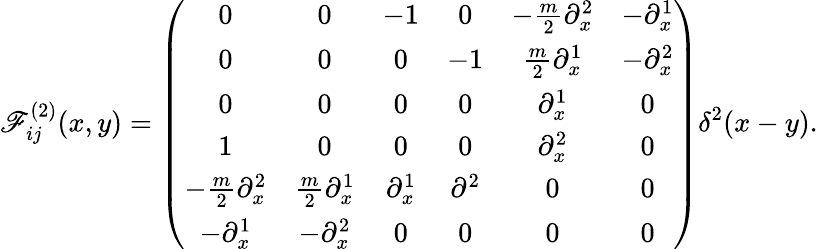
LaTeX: \mathscr{F}_{ij}^{(2)}(x,y)=\left(\begin{array}{cccccc}{{0}}&{{0}}&{{-1}}&{{0}}&{{-\frac{m}{2}\partial_{x}^{2}}}&{{-\partial_{x}^{1}}}\\ {{0}}&{{0}}&{{0}}&{{-1}}&{{\frac{m}{2}\partial_{x}^{1}}}&{{-\partial_{x}^{2}}}\\ {{0}}&{{0}}&{{0}}&{{0}}&{{\partial_{x}^{1}}}&{{0}}\\ {{1}}&{{0}}&{{0}}&{{0}}&{{\partial_{x}^{2}}}&{{0}}\\ {{-\frac{m}{2}\partial_{x}^{2}}}&{{\frac{m}{2}\partial_{x}^{1}}}&{{\partial_{x}^{1}}}&{{\partial^{2}}}&{{0}}&{{0}}\\ {{-\partial_{x}^{1}}}&{{-\partial_{x}^{2}}}&{{0}}&{{0}}&{{0}}&{{0}}\end{array}\right)\delta^{2}(x-y).